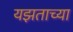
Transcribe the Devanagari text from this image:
यझताच्या